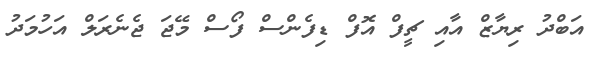
އަބްދު ރިޔާޒް އާއި ޗީފް އޮފް ޑިފެންސް ފޯސް މޭޖަ ޖެނެރަލް އަހުމަދު